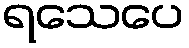
ရသေပေ